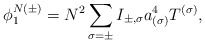
\begin{align*}\phi^{N(\pm)}_1 = N^2 \sum_{\sigma=\pm} I_{\pm,\sigma}a^4_{(\sigma)} T^{(\sigma)},\end{align*}